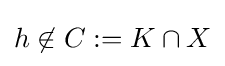
h\not \in C:=K\cap X